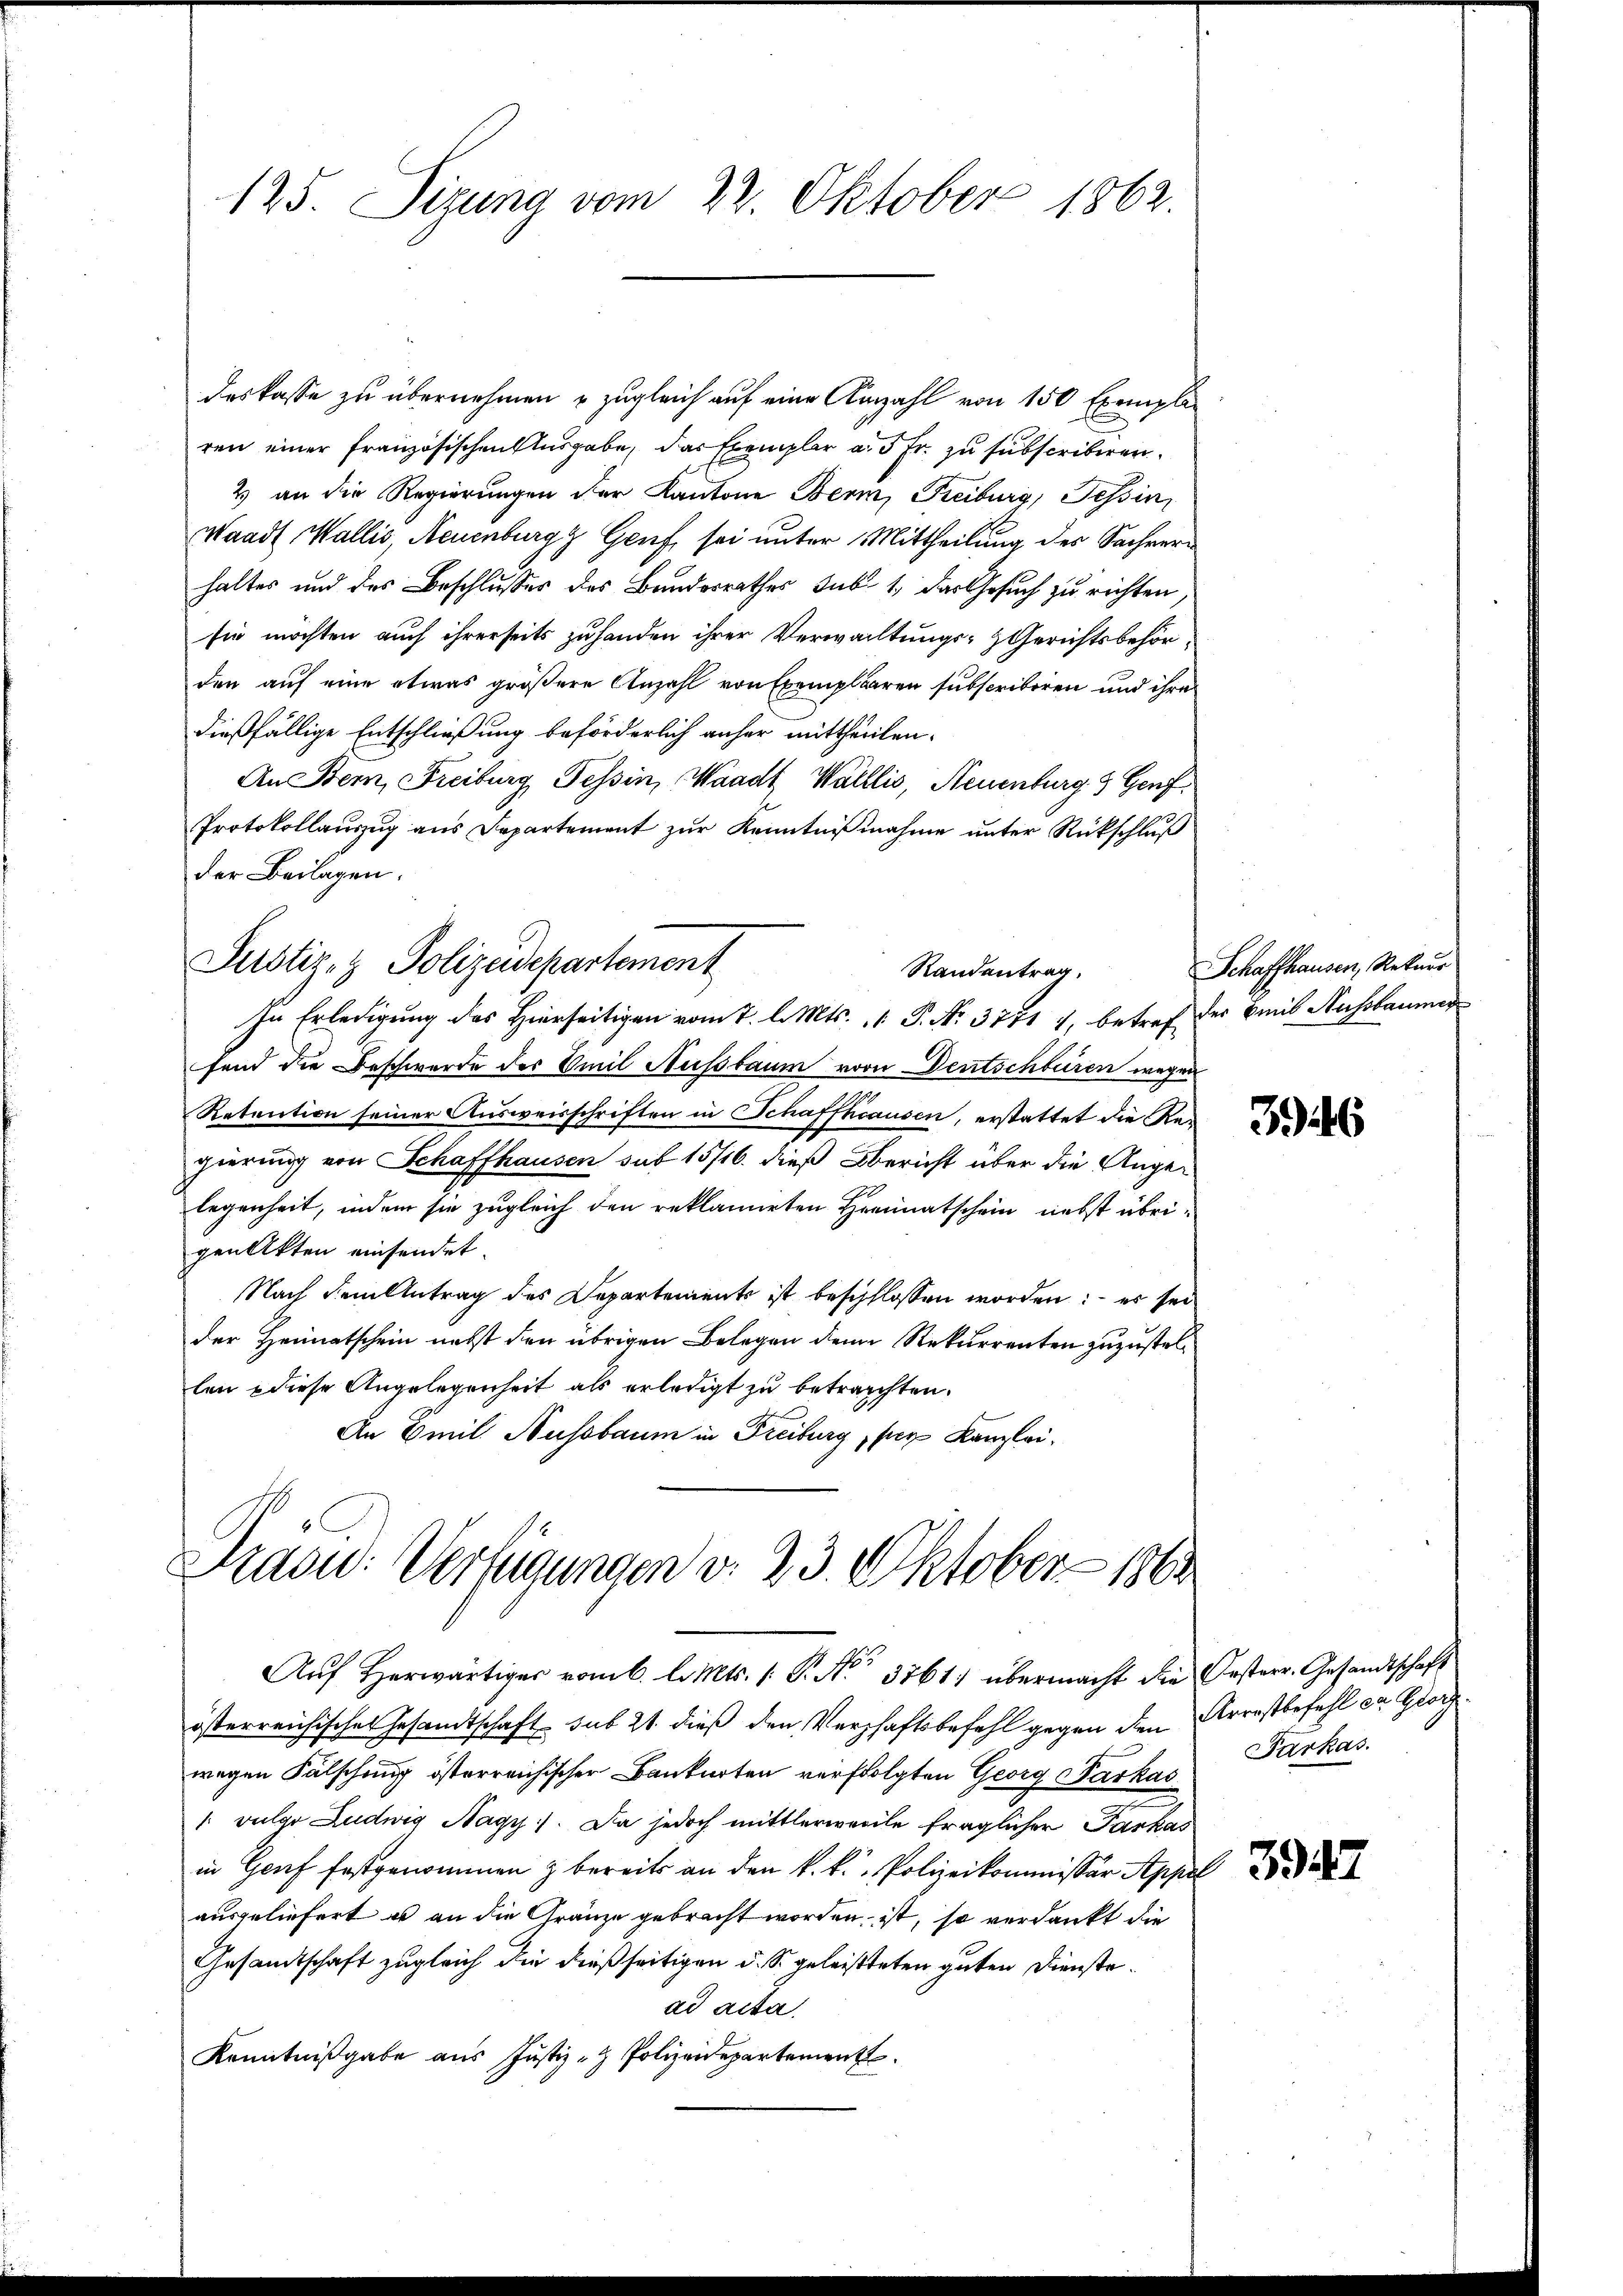
125. Sizung vom 22. Oktober 1862.

deskasse zu übernehmen u zugleich auf eine Anzahl von 150 Exemplaren einer französischen Ausgabe, das Exemplar a. 5 Fr. zu subscribiren.
2) an die Regierungen der Kantone Bern, Freiburg, Tessin,
Waadt, Wallis, Neuenburg Genf sei unter Mittheilung des Sachverhaltes und des Beschlusses des Bundesrathes sub 1., das Gesuch zu richten
sie möchten auch ihrerseits zuhanden ihrer Verwaltungs- & Gerichtsbehörden auf eine etwas größere Anzahl von Exemplaren subscriboren und ihre
dießfällige Entschließung beförderlich anher mittheilen.
An Bern, Freiburg Tessin, Waadt, Wallis, Neuenburg & Genf,
Protokollauszug aus Departement zur Kenntnißnahme unter Rückschluß
der Beilagen.
Justiz- & Polizeidepartement
Randantrag,
In Erledigung des Hierseitigen vom 7. l. Mts. 1 P. Nr. 3771 7, betref der Breit Aussbaumer
fend die Beschwerde der Emil Nussbaum von Deutschbüren wegen
Retention seiner Ausweisschriften in Schaffhausen, erstattet die Regierung von Schaffhausen sub 15/16. dieß bericht über die Angelegenheit, indem sie zugleich den reklamirten Heimatschein nebst übrigen Akten einsendet.
Nach dem Antrag des Departements ist beschlossen worden; – es sei
der Heimatschein nebst den übrigen Belegen den Rekurrenten zuzustellen diese Angelegenheit als erledigt zu betrachten.
An Emil Nussbaum in Freiburg, per Kanzlei¬

Praou: Verfügungen v. 23. Oktober 1864
Auf Herwärtiger vom 6. l. Mts. (: P. No. 3761) übermacht die Oesterr. Gesandtschaft

österreichisches Gesandtschaft sub 21. dieß den Verschaftsbefehl gegen den Arrestbefehl ca. Georg
wegen Fälschung österreichischer Bankarten verfolgten Georg Barkas
 vulgo Ludwig Nagy. Da jedoch mittlerweile fraglicher Parkas
in Genf festgenommen & bereits an den k. k. Polizeikommissär Appel
ausgeliefert es an die Gränze gebracht worden ist, so verdankt die
Gesandtschaft zugleich die dießseitigen d. So geleisteten guten Dienste.
ad acta.
Kenntnißgabe aus Justiz- & Polizeidepartement

Schaffhauser, Rekurr

346

Farkas.

3947